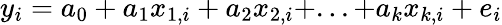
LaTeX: y_{i}=a_{0}+a_{1}x_{1,i}+a_{2}x_{2,i}+...+a_{k}x_{k,i}+e_{i}